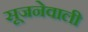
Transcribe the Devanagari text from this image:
सूजनेवाली